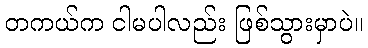
တကယ်က ငါမပါလည်း ဖြစ်သွားမှာပဲ။